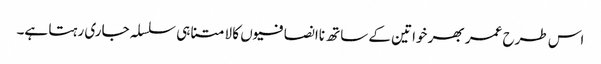
اس طرح عمر بھر خواتین کے ساتھ ناانصافیوں کا لامتناہی سلسلہ جاری رہتا ہے۔